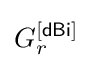
G_{r}^{\mathsf {[dBi]}}